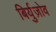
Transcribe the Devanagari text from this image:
बिर्युज़ोव